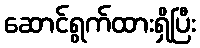
ဆောင်ရွက်ထားရှိပြီး